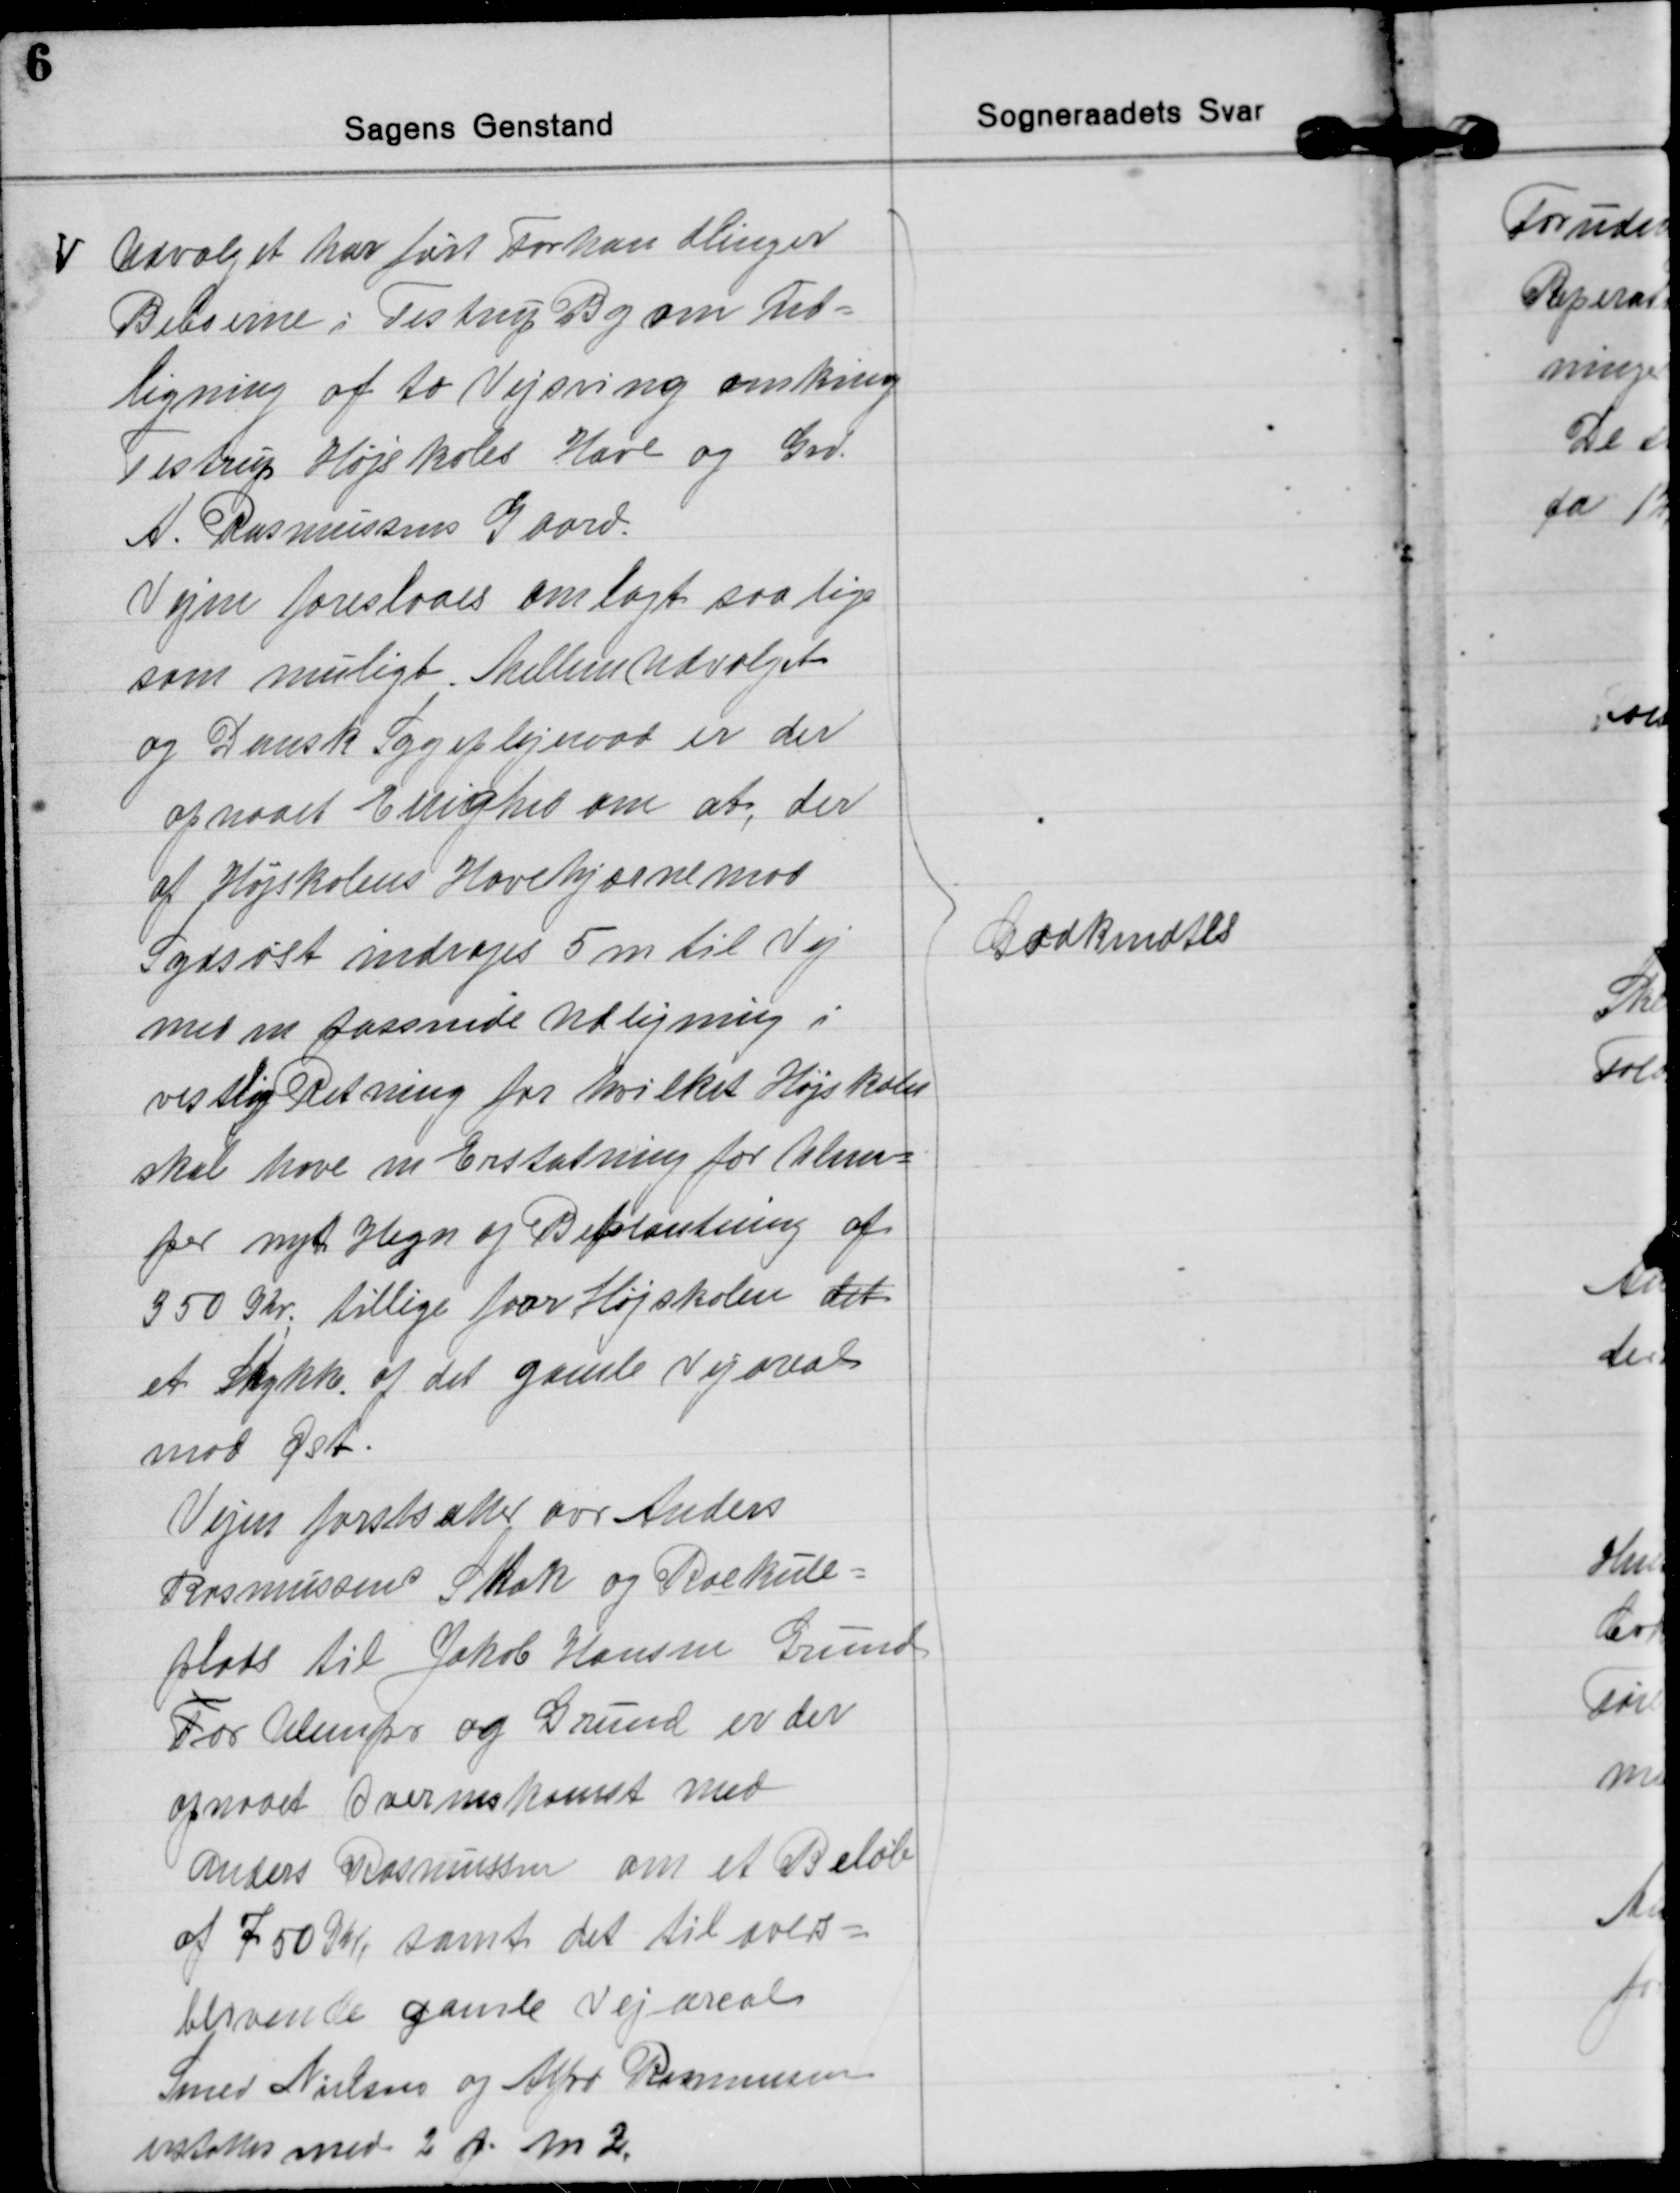
Transskription:
Ⅴ
Udvalget har ført Forhandlinger
Beboerne i Testrup By om Ud=
ligning af to Vejsving omkring
Testrup Højskoles Have og Grd.
A. Rasmussens Gaard.
Vejen foreslaaes omlagt saa lige
som muligt. Mellem udvalget
og Dansk Sygeplejeraad er der
opnaaet Enighed om at, der
af Højskolens Havehjørne mod
Sydøst indrages 5 m til Vej
med en passede Udligning i
vestlig Retning for hvilket Højskolen
skal have en Erstatning for Ulem=
per nyt Hegn og Beplantning af
350 Kr; tillige faar Højskolen det
et Stykke af det gamle Vejareal
mod Øst.
Vejen forstsætter over Anders
Rasmussens Stak og Roekule-
plads til Jakob Hansen Grund
For Ulemper og Grund er der
opnaaet Overenskomst med
Anders Rasmussen om et Beløb
af 750 Kr, samt det tilovers=
blivende gamle Vejareal
Smed Nielsen og Alfrd Rasmussen
erstattes med 2 A. m².
Godkendtes